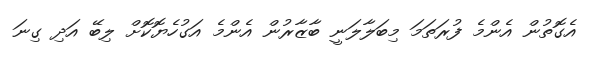
އެގޮތުން އެންމެ ފުރަތަމަ މިބަލާލަނީ ބާޒާރުން އެންމެ އަގުހެޔޮކޮށް ލިބޭ އަދި ގިނަ